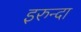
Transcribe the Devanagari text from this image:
इरुन्दा